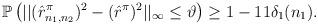
LaTeX: \begin{align*}\begin{aligned}\mathbb{P}\left(||(\hat{r}^\pi_{n_1,n_2})^2-(\hat{r}^\pi)^2||_\infty\leq\vartheta\right)\geq1-11\delta_1(n_1).\end{aligned}\end{align*}